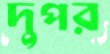
দুপর